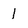
Character: 1